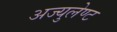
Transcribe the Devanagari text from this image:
अज्युलेण्ट